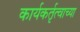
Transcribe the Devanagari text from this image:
कार्यकर्तृत्वाच्या